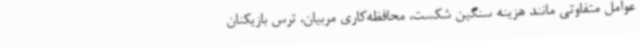
عوامل متفاوتی مانند هزینه سنگین شکست، محافظه‌کاری مربیان، ترس بازیکنان